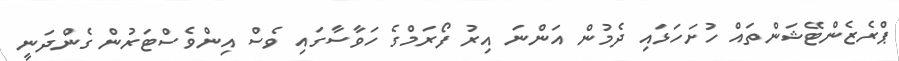
ޕްރެޒެންޓޭޝަންތައް ހުށަހަޅައި ދެމުން އަންނަ އިރު ފޯރަމްގެ ހަވާސާގައި ވެސް އިންވެސްޓަރުން ގެންދަނީ